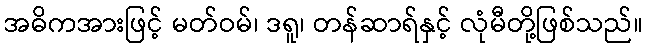
အဓိကအားဖြင့် မတ်ဝမ်၊ ဒရူ၊ တန်ဆာရ်နှင့် လုံမီတို့ဖြစ်သည်။